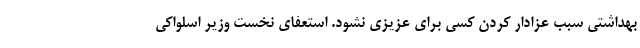
بهداشتی سبب عزادار کردن کسی برای عزیزی نشود. استعفای نخست وزیر اسلواکی